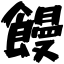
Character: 饅